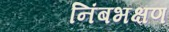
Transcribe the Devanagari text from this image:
निंबभक्षण